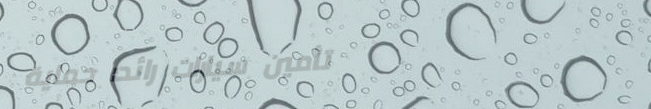
تأمين سيارات رائد: حماية